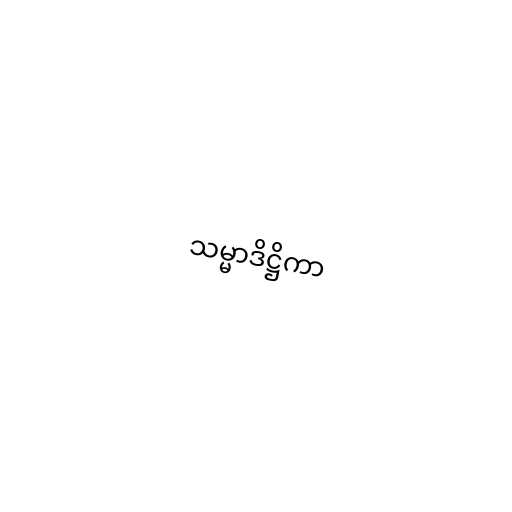
သမ္မာဒိဋ္ဌိကာ